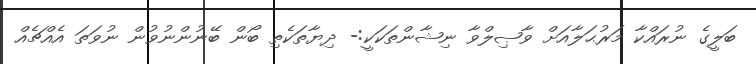
ބަލީގެ ނުރައްކާ މަރުޙަލާއަށް ވާޞިލްވާ ނިޝާންތަކަކީ:- ދިޔާތަކެތި ބޯން ބޭނުންނުވުން ނުވަތަ އެއްޗެއް